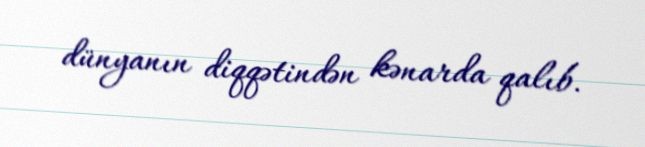
dünyanın diqqətindən kənarda qalıb.